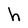
Character: h